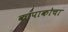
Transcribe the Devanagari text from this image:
कापाकोचा